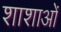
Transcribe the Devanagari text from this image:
शाशाओं